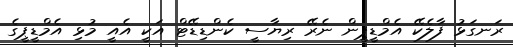
ރަނގަޅު ފާލެކޭ އެމްޑީޕީން ނެރޭ ރިޔާސީ ކެންޑިޑޭޓް އަކީ އެއީ މުޅި އެމްޑީޕީގެ